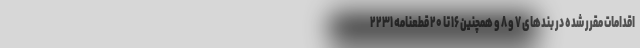
اقدامات مقرر شده در بند‌های ۷ و ۸ و همچنین ۱۶ تا ۲۰ قطعنامه ۲۲۳۱